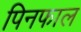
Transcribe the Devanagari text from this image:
पिनफाल